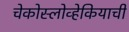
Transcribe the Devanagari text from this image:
चेकोस्लोव्हेकियाची